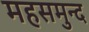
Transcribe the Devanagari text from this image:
महसमुन्द